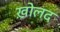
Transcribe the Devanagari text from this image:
ख़ोलद